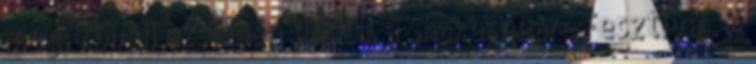
meg. Ebben az évben jubilál a Shakespeare Fesztivál. A